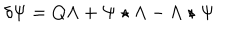
LaTeX: \delta \Psi = Q \Lambda + \Psi \star \Lambda - \Lambda \star \Psi